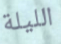
الليلة